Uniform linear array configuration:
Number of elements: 32
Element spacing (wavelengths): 0.5
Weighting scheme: hamming
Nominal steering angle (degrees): -15
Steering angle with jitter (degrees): -13.665
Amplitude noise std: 0.05
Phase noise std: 0.05

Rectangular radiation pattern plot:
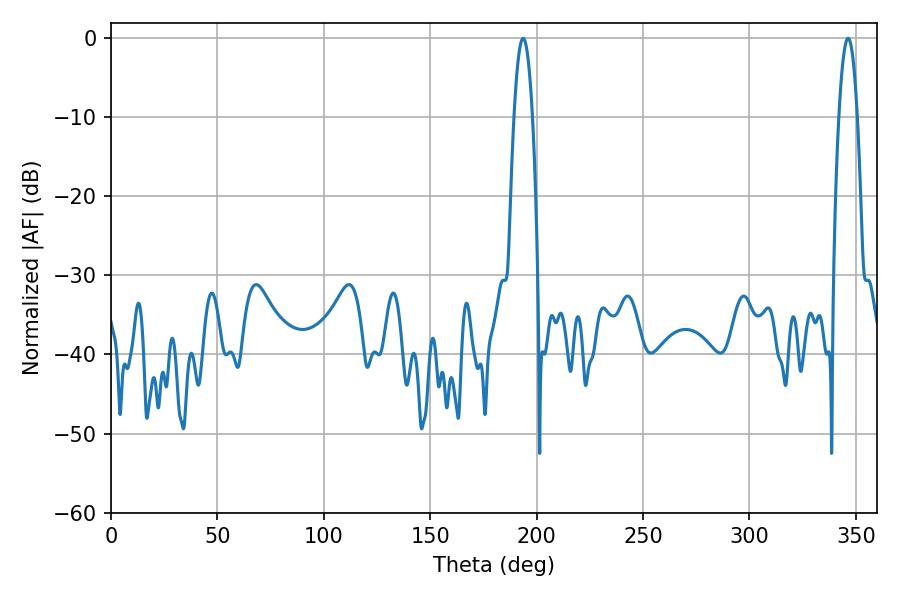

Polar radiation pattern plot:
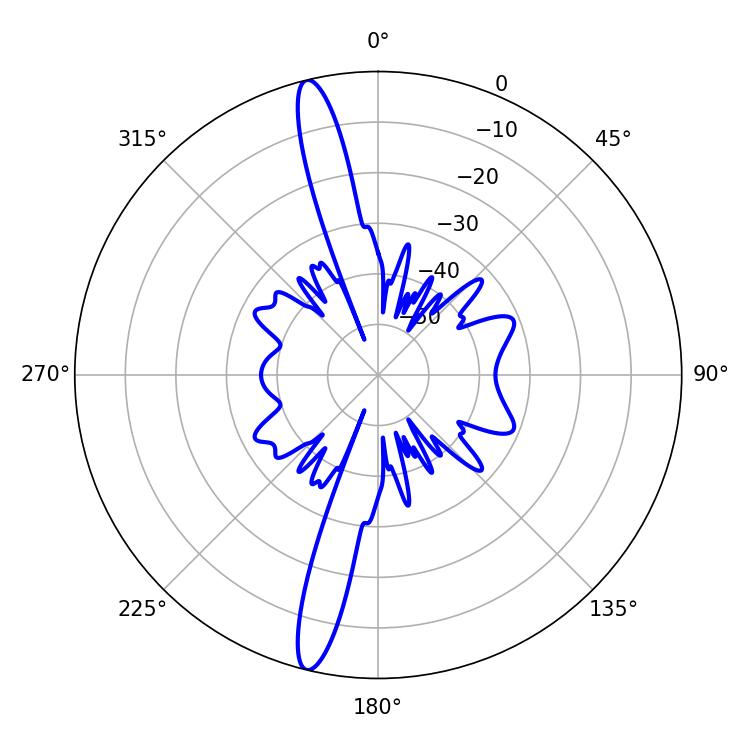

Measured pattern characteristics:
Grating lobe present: FALSE
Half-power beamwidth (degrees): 4.68
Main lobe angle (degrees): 346.32